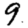
Digit: 9